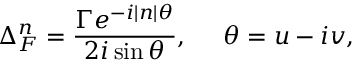
\Delta _ { F } ^ { n } = \frac { \Gamma e ^ { - i | n | \theta } } { 2 i \sin \theta } , \; \; \; \; \; \theta = u - i v ,